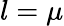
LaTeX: l=\mu